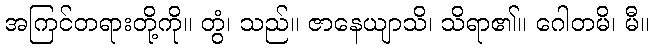
အကြင်တရားတို့ကို။ တွံ၊ သည်။ ဇာနေယျာသိ၊ သိရာ၏။ ဂေါတမိ၊ မီ။